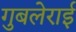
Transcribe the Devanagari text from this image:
गुबलेराई